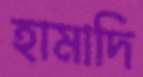
হামাদি